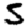
Digit: 5